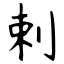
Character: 剌